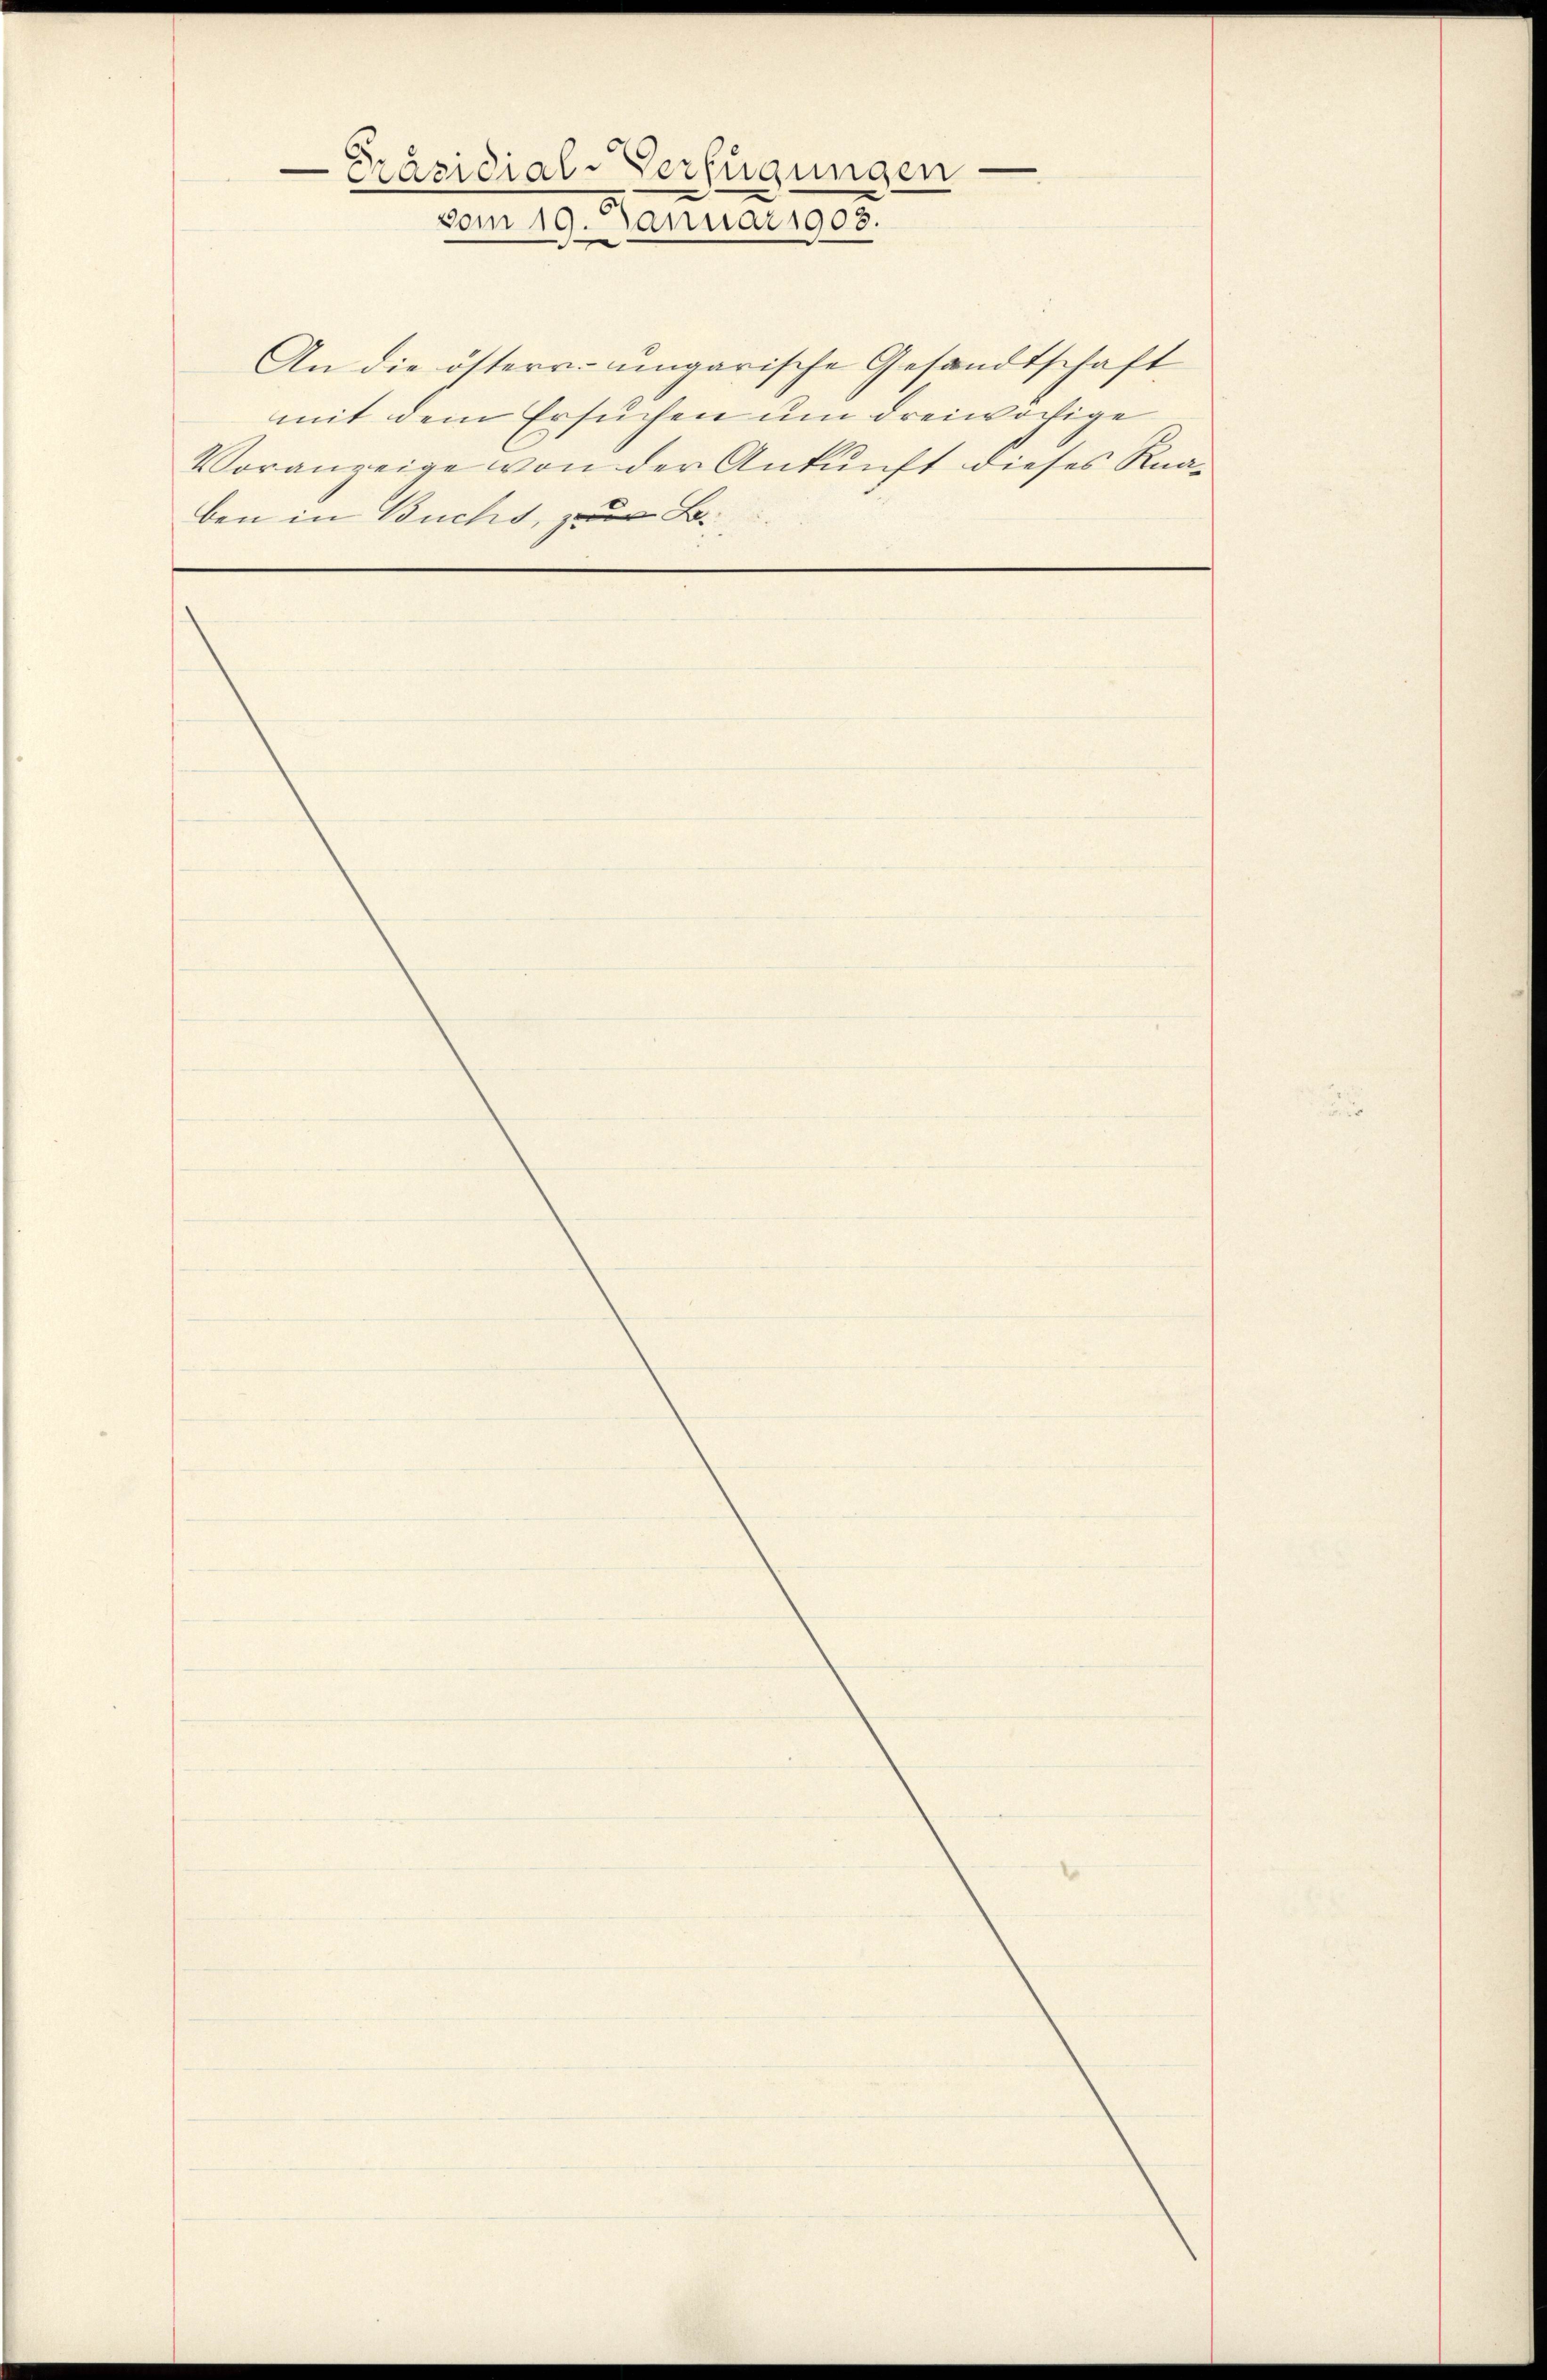
-Präsidial-Verfügungen
vom 19. Januar 1908.

An die österr. ungarische Gesandtschaft
mit dem Ersuchen um dreiwöchige
Voranzeige von der Ankunft dieses Knaben in Buchs, zur B